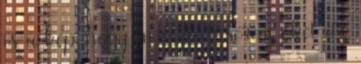
is a kép, hogy én csak kísérem őket az